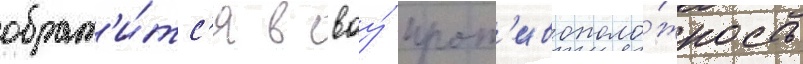
обрат'и́тс'я в своу́ прот'ивополо́жность